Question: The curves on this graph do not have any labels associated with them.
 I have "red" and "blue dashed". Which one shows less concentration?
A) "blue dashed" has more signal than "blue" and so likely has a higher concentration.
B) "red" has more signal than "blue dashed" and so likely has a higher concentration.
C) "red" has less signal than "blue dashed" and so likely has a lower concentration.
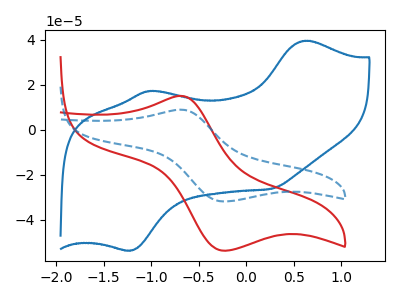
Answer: <think>The blue curve "blue" has anodic peaks at (0.60V, 39.50uA) (-1.00V, 17.30uA) and cathodic peaks at (-1.20V, -53.50uA) (0.25V, -26.20uA). The red curve "red" has an anodic peak at (-0.70V, 15.05uA) and a cathodic peak at (-0.20V, -53.70uA). The blue dashed curve "blue dashed" has an anodic peak at (-0.70V, 8.90uA) and a cathodic peak at (-0.20V, -31.85uA).
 All the peaks in "red" have a peak in "blue dashed" at the same potential. Every peak in "red" is higher than every peak in "blue dashed".</think>
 <answer>B) "red" has more signal than "blue dashed" and so likely has a higher concentration.</answer>
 <eval>B</eval>